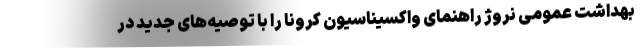
بهداشت عمومی نروژ راهنمای واکسیناسیون کرونا را با توصیه‌های جدید در